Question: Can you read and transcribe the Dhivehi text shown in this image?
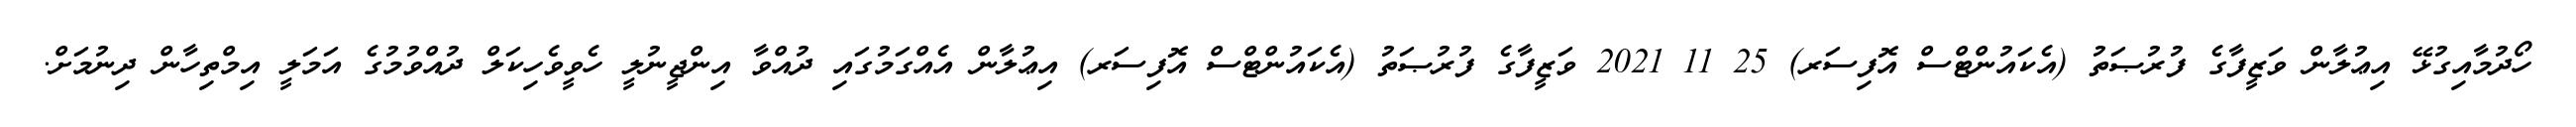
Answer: ހޯދުމާއިގުޅޭ އިޢުލާން ވަޒީފާގެ ފުރުޞަތު (އެކައުންޓްސް އޮފިސަރ) 25 11 2021 ވަޒީފާގެ ފުރުޞަތު (އެކައުންޓްސް އޮފިސަރ) އިޢުލާން އެއްގަމުގައި ދުއްވާ އިންޖީނުލީ ހެވީވެހިކަލް ދުއްވުމުގެ އަމަލީ އިމްތިހާން ދިނުމަށް.